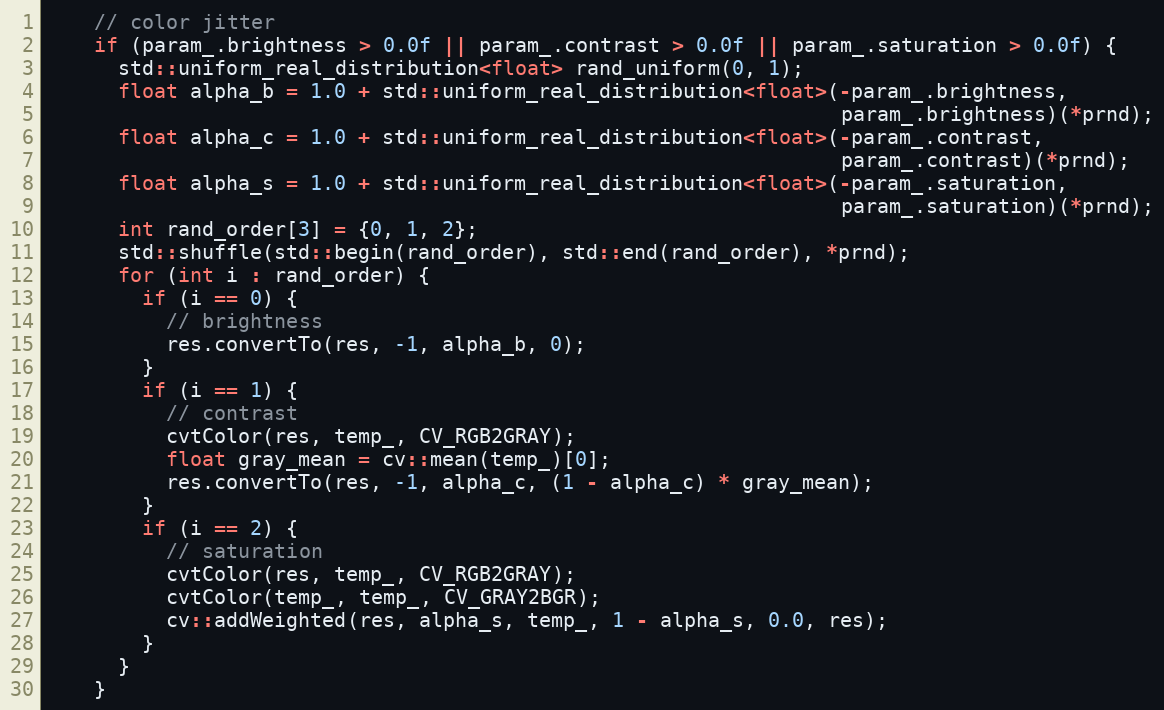
Language: C++
    // color jitter
    if (param_.brightness > 0.0f || param_.contrast > 0.0f || param_.saturation > 0.0f) {
      std::uniform_real_distribution<float> rand_uniform(0, 1);
      float alpha_b = 1.0 + std::uniform_real_distribution<float>(-param_.brightness,
                                                                  param_.brightness)(*prnd);
      float alpha_c = 1.0 + std::uniform_real_distribution<float>(-param_.contrast,
                                                                  param_.contrast)(*prnd);
      float alpha_s = 1.0 + std::uniform_real_distribution<float>(-param_.saturation,
                                                                  param_.saturation)(*prnd);
      int rand_order[3] = {0, 1, 2};
      std::shuffle(std::begin(rand_order), std::end(rand_order), *prnd);
      for (int i : rand_order) {
        if (i == 0) {
          // brightness
          res.convertTo(res, -1, alpha_b, 0);
        }
        if (i == 1) {
          // contrast
          cvtColor(res, temp_, CV_RGB2GRAY);
          float gray_mean = cv::mean(temp_)[0];
          res.convertTo(res, -1, alpha_c, (1 - alpha_c) * gray_mean);
        }
        if (i == 2) {
          // saturation
          cvtColor(res, temp_, CV_RGB2GRAY);
          cvtColor(temp_, temp_, CV_GRAY2BGR);
          cv::addWeighted(res, alpha_s, temp_, 1 - alpha_s, 0.0, res);
        }
      }
    }